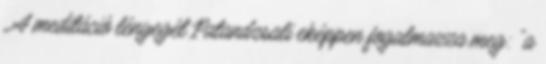
. A meditáció lényegét Patandzsali eképpen fogalmazza meg: "a